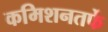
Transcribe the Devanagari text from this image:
कमिशनतर्फे